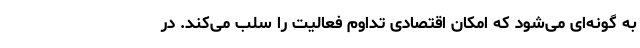
به گونه‌ای می‌شود که امکان اقتصادی تداوم فعالیت را سلب می‌کند. در